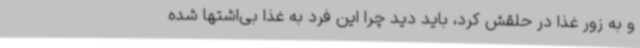
و به زور غذا در حلقش کرد، باید دید چرا این فرد به غذا بی‌اشتها شده